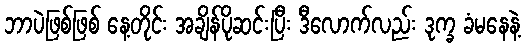
ဘာပဲဖြစ်ဖြစ် နေ့တိုင်း အချိန်ပိုဆင်းပြီး ဒီလောက်လည်း ဒုက္ခ ခံမနေနဲ့